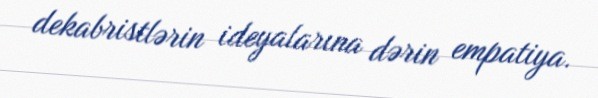
dekabristlərin ideyalarına dərin empatiya.